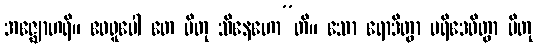
အဇ္ဈောဟရိ။ ဧဝရူပေါ တေ ပိတု သိနေဟော”တိ။ သော ရောဒိတွာ ပရိဒေဝိတွာ ပိတု